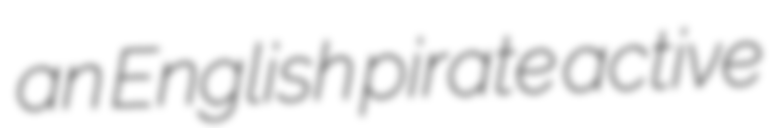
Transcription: an English pirate active